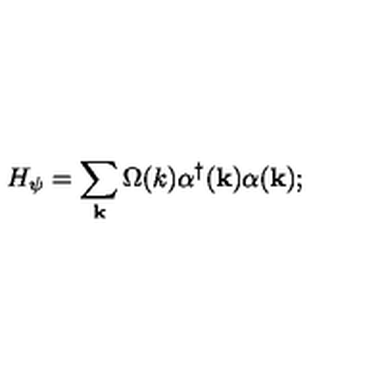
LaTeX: H _ { \psi } = \sum _ { \bf k } \Omega ( k ) { \alpha } ^ { \dagger } ( { \bf k } ) { \alpha } ( { \bf k } ) ;